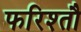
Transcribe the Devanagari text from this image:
फरिश्तौ